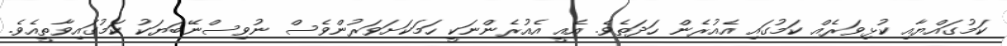
ކަމުގައްޔާއި ކުޅިވަރެއް ކަމުގައި އެއުރެން ހަދަތެވެ. އެއީ އެއުރެންނަކީ ހަމަކަށަވަރުންވެސް ނުވިސްނޭބަޔަކު ކަމުގައިވާތީއެވެ.